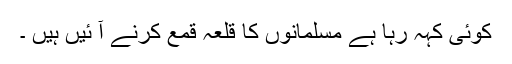
کوئی کہہ رہا ہے مسلمانوں کا قلعہ قمع کرنے آ ئیں ہیں ۔